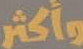
وأكثر